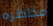
مخاطره